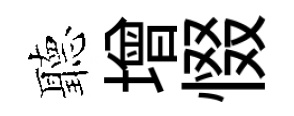
聽增惙